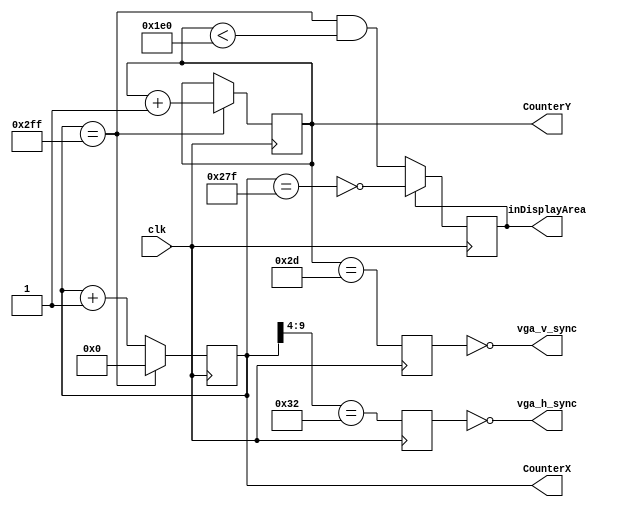
module hvsync_generator(clk, vga_h_sync, vga_v_sync, inDisplayArea, CounterX, CounterY);
input clk;
output vga_h_sync, vga_v_sync;
output inDisplayArea;
output [9:0] CounterX;	//
output [8:0] CounterY;	//

//----Code starts here-----
reg [9:0] CounterX;
reg [8:0] CounterY;
wire CounterXmaxed = (CounterX==767);

always @(posedge clk)
if(CounterXmaxed)
	CounterX <= 0;	//
else
	CounterX <= CounterX + 1;

always @(posedge clk)
if(CounterXmaxed) CounterY <= CounterY + 1;

reg	vga_HS, vga_VS;
always @(posedge clk)
begin
	vga_HS <= (CounterX[9:4]==50); // change this value to move the display horizontally
	vga_VS <= (CounterY==45); // change this value to move the display vertically
end

reg inDisplayArea;
always @(posedge clk)
if(inDisplayArea==0)
	inDisplayArea <= (CounterXmaxed) && (CounterY<480);
else
	inDisplayArea <= !(CounterX==639);
	
assign vga_h_sync = ~vga_HS;
assign vga_v_sync = ~vga_VS;

endmodule